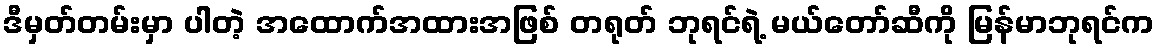
ဒီမှတ်တမ်းမှာ ပါတဲ့ အထောက်အထားအဖြစ် တရုတ် ဘုရင်ရဲ့ မယ်တော်ဆီကို မြန်မာဘုရင်က